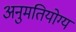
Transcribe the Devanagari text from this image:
अनुमतियोग्य